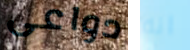
دواعى انه